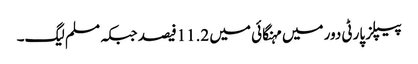
پیپلز پارٹی دور میں مہنگائی میں 11.2فیصد جبکہ مسلم لیگ۔